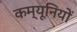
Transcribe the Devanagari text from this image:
कम्यूनियों